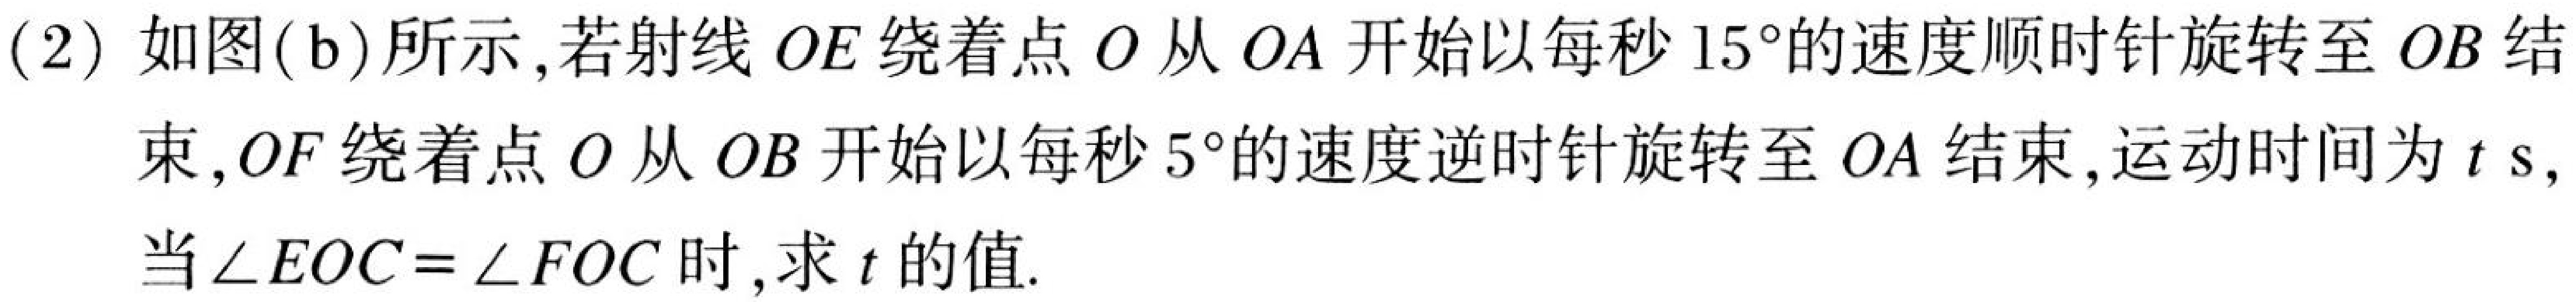
(2) 如图(b)所示，若射线\(OE\)绕着点\(O\)从\(OA\)开始以每秒\(15^{\circ}\)的速度顺时针旋转至\(OB\)结束，\(OF\)绕着点\(O\)从\(OB\)开始以每秒\(5^{\circ}\)的速度逆时针旋转至\(OA\)结束，运动时间为\(t\ s\)，当\(\angle EOC=\angle FOC\)时，求\(t\)的值.